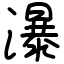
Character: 瀑